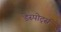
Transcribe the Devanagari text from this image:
डेस्पोर्ट्स